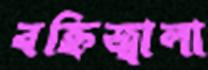
বহ্নিজ্বালা